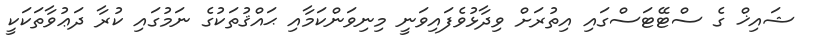
ޝައިޚް ގެ ސްޓޭޓަސްގައި އިތުރަށް ވިދާޅުވެފައިވަނީ މިނިވަންކަމާއި ޙައްޤުތަކުގެ ނަމުގައި ކުރާ ދަޢުވާތަކަކީ